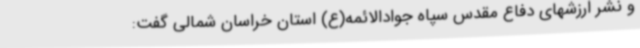
و نشر ارزشهای دفاع مقدس سپاه جوادالائمه(ع) استان خراسان شمالی گفت: